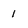
Character: 1